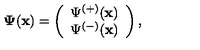
{ \bf \Psi } ( { \bf x } ) = \left( \begin{array} { c } { \Psi ^ { ( + ) } ( { \bf x } ) } \\ { \Psi ^ { ( - ) } ( { \bf x } ) } \\ \end{array} \right) ,